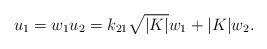
LaTeX: \begin{align*}u_1=w_1u_2=k_{21}\sqrt{|K|}w_1+|K|w_2.\end{align*}